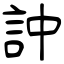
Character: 訲